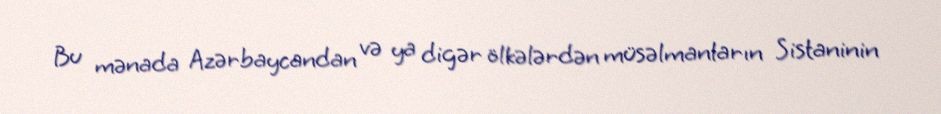
Bu mənada Azərbaycandan və ya digər ölkələrdən müsəlmanların Sistaninin